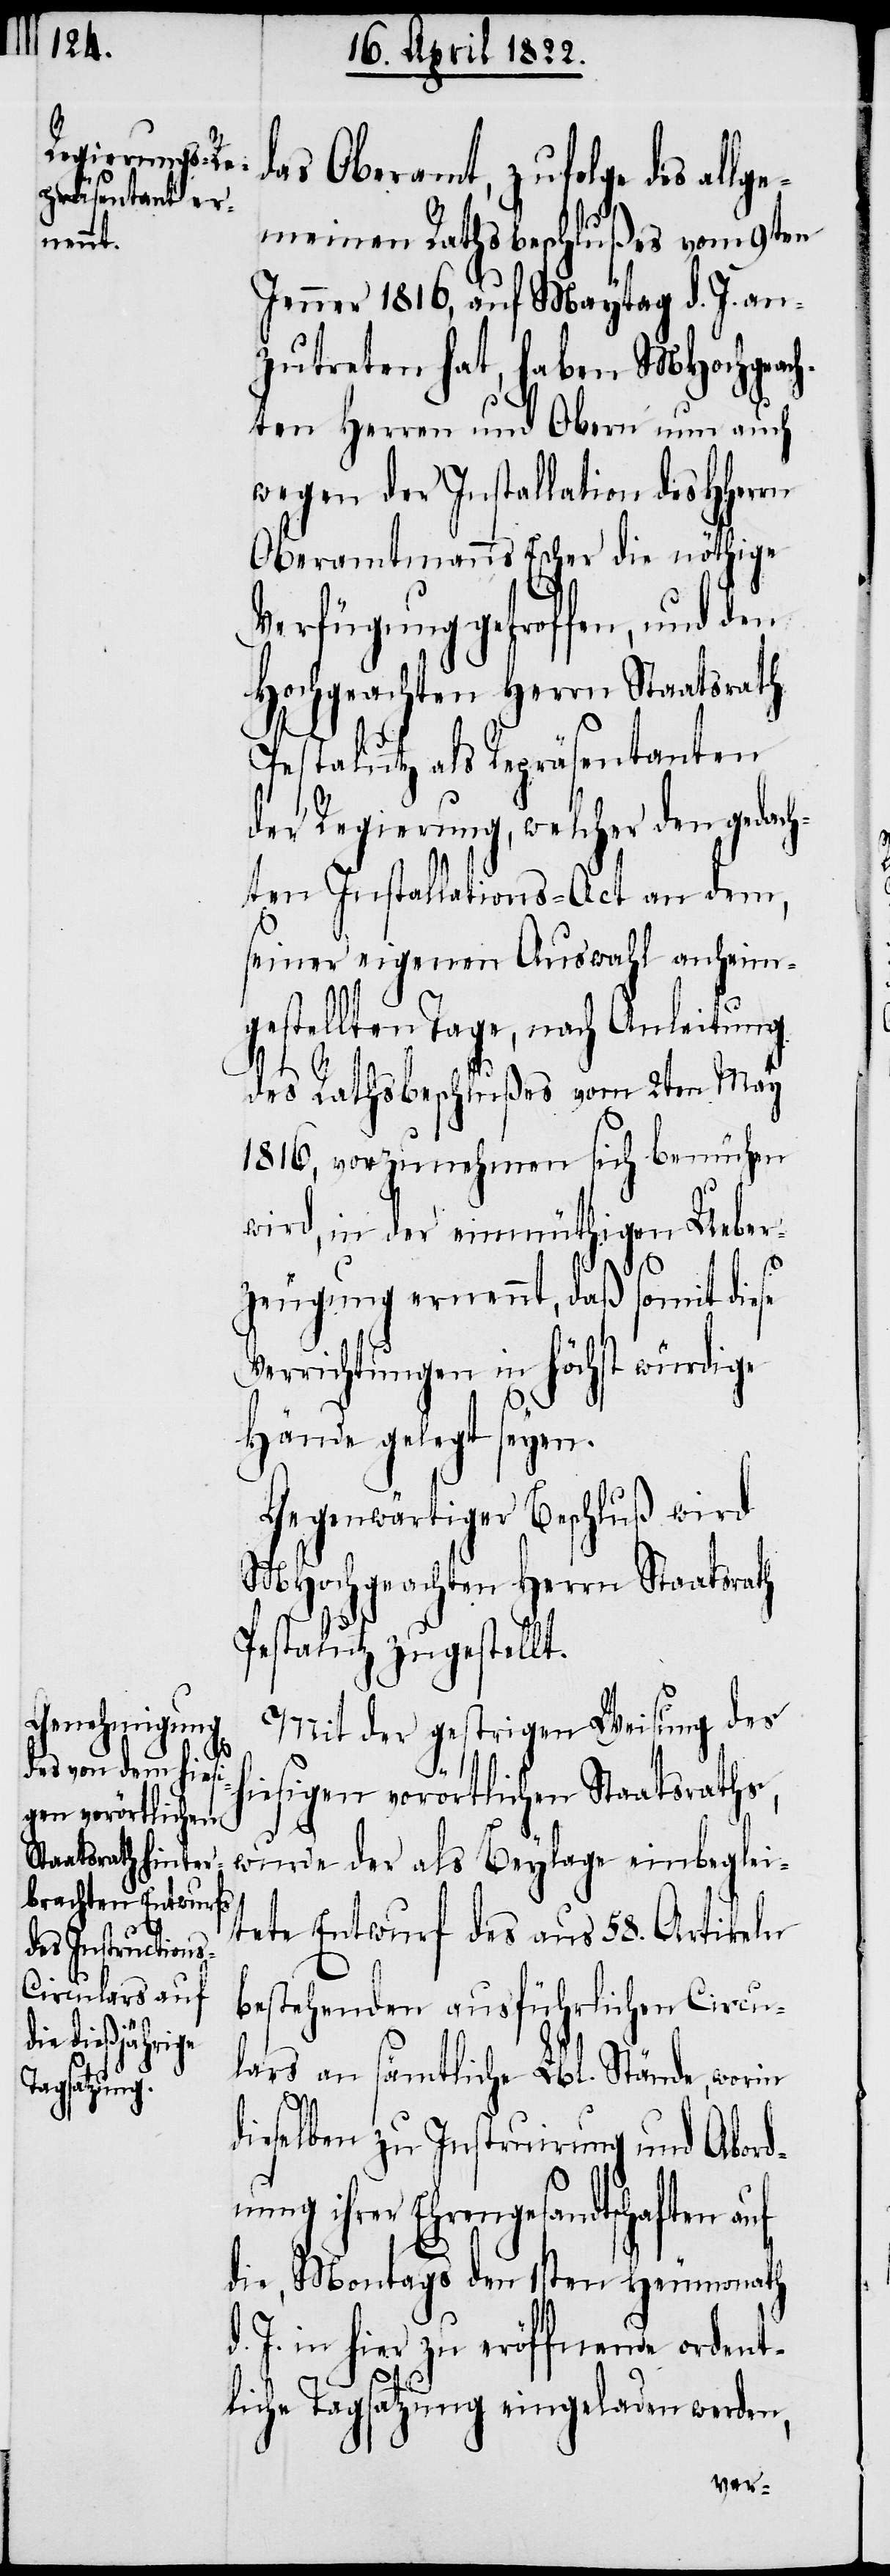
das Oberamt, zufolge des allg¬
emeinen Rathsbeschlußes vom 9ten
Jenner 1816, auf Maytag d. J. an¬
zutreten hat, haben MHochgeac¬
hten Herren und Obern nun auch
wegen der Installation des HHerrn
Oberamtmanns Escher die nöthige
Verfügung getroffen, und den
Hochgeachten Herrn Staatsrath
Pestalutz als Repräsentanten
der Regierung, welcher den gedach¬
ten Installations-Act an dem,
seiner eigenen Auswahl anheim¬
gestellten Tage, nach Anleitung
des Rathsbeschlußes vom 2ten May
1816, vorzunehmen sich bemühen
wird, in der einmüthigen Ueber¬
d.
zeugung, daß somit diese
Verrichtungen in höchst würdige
nu¬
Hände gelegt seyen.
Gegenwärtiger Beschluß wird
MHochgeachten Herrn Staatsrath
Pestalutz zugestellt.
Mit der gestrigen Weisung des
hiesigen vorörtlichen Staatsrathes,
wurde der als Beylage einbeglei¬
tete Entwurf des aus 58. Artikeln
bestehenden ausführlichen Circ¬
lars an sämtliche Lbl. Stände, worin
dieselben zu Instruirung und Abord¬
ng ihrer Ehrengesandtschaften
die, Montags den 1sten Heumonath
J. in hier zu eröffnende ordent¬
liche Tagsatzung eingeladen werden,